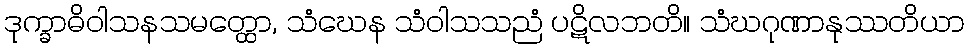
ဒုက္ခာဓိဝါသနသမတ္ထော, သံဃေန သံဝါသသညံ ပဋိလဘတိ။ သံဃဂုဏာနုဿတိယာ